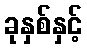
ခုနှစ်နှင့်